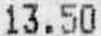
13.50